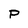
Character: P